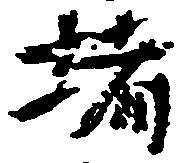
堵